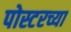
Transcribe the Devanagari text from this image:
पोस्टरच्या